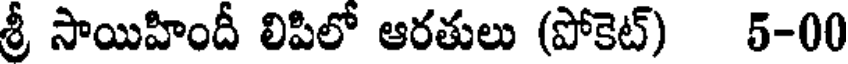
శ్రీ సాయిహిందీ లిపిలో ఆరతులు (పోకెట్) 5-00